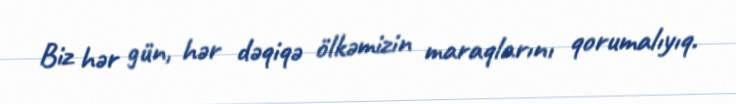
Biz hər gün, hər dəqiqə ölkəmizin maraqlarını qorumalıyıq.